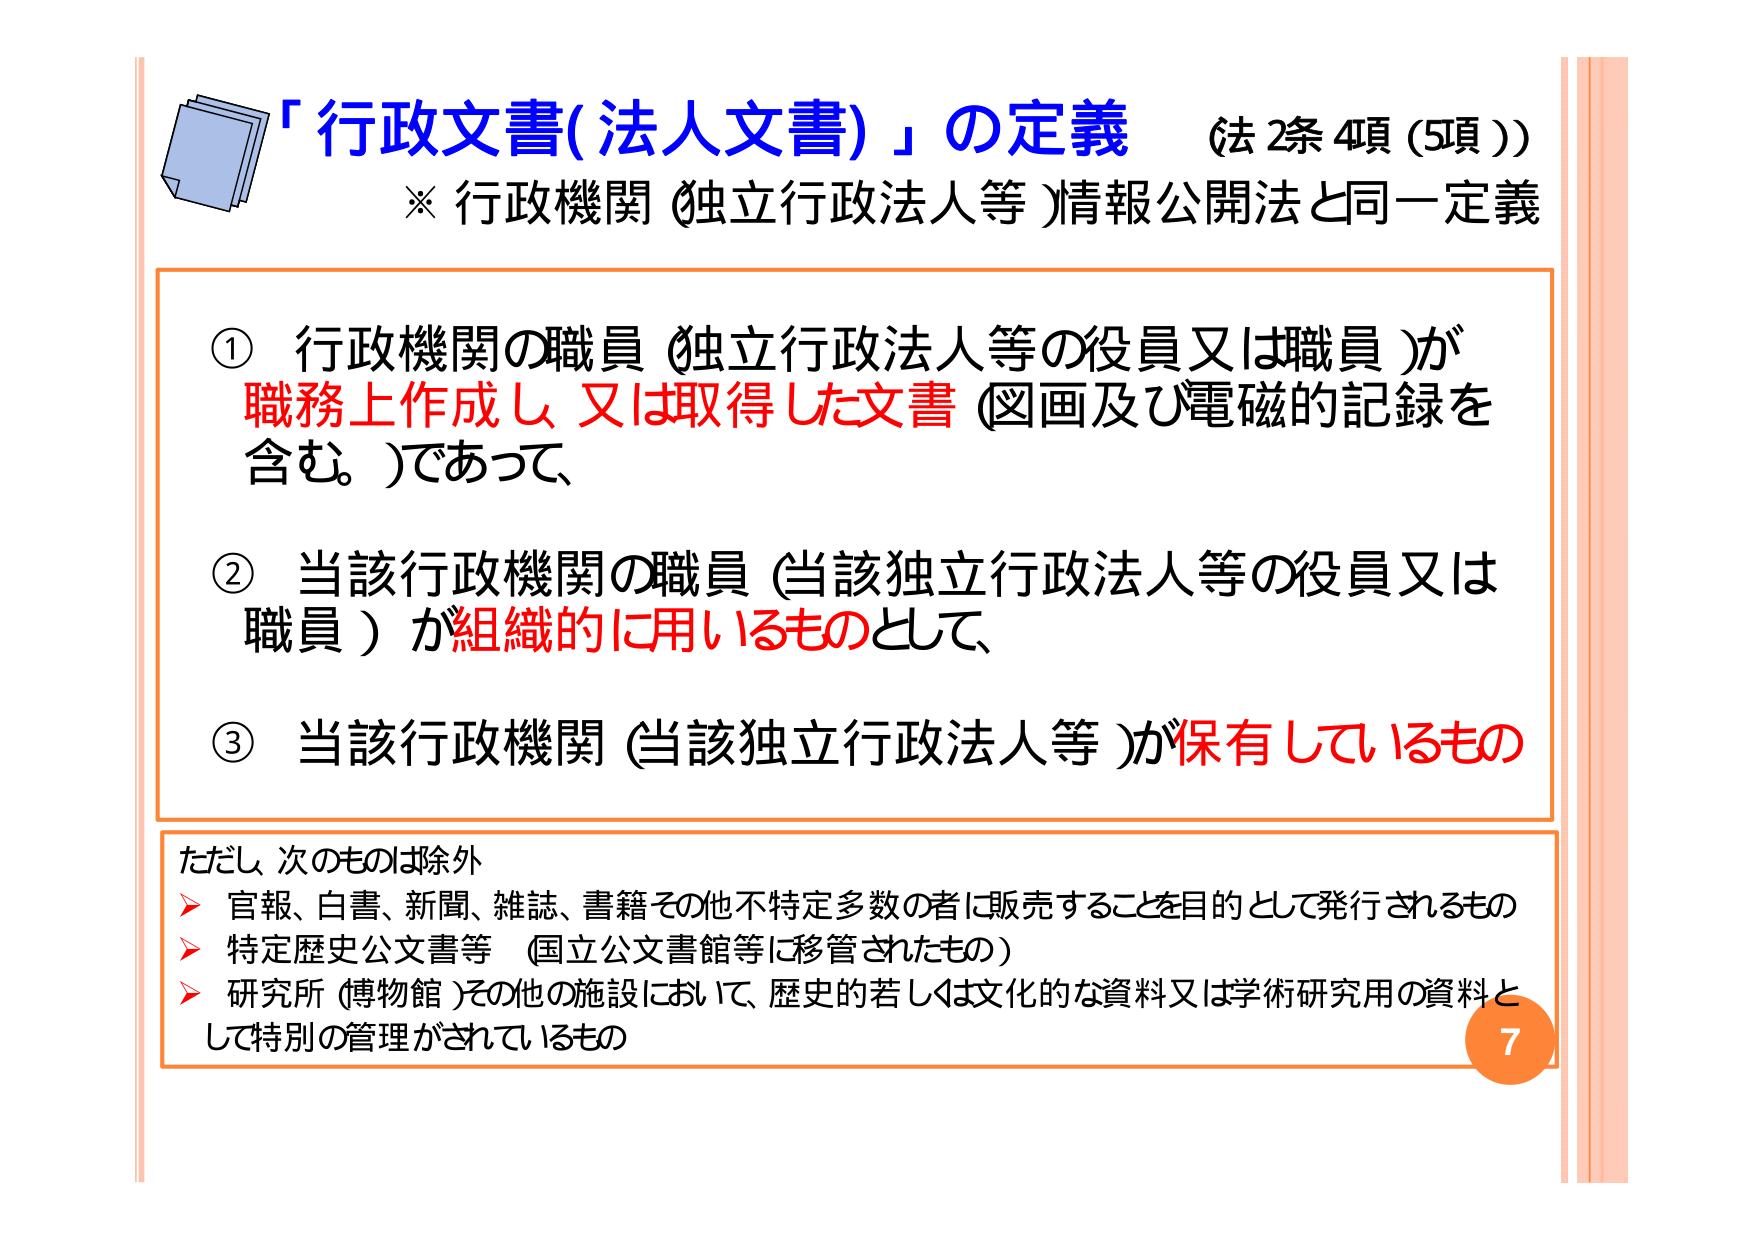
「行政文書(法人文書)」の定義 （法2条4項(5項)）
※ 行政機関（独立行政法人等）情報公開法と同一定義

① 行政機関の職員（独立行政法人等の役員又は職員）が
職務上作成し又は取得した文書（図画及び電磁的記録を
含む。）であって、

② 当該行政機関の職員（当該独立行政法人等の役員又は
職員）が組織的に用いるものとして、

③ 当該行政機関（当該独立行政法人等）が保有しているもの

ただし、次のものは除外
➢ 官報、白書、新聞、雑誌、書籍その他不特定多数の者に販売することを目的として発行されるもの
➢ 特定歴史公文書等（国立公文書館等に移管されたもの）
➢ 研究所（博物館）その他の施設において、歴史的若しくは文化的な資料又は学術研究用の資料と
して特別の管理がされているもの

7